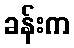
ခန်းက